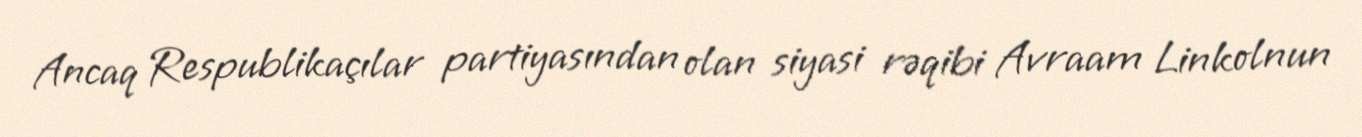
Ancaq Respublikaçılar partiyasından olan siyasi rəqibi Avraam Linkolnun